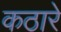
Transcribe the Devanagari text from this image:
कठारे